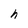
Character: h